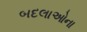
બદલાઓના